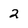
Character: 2